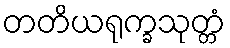
တတိယရုက္ခသုတ္တံ